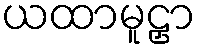
ယထာမူဠှာ